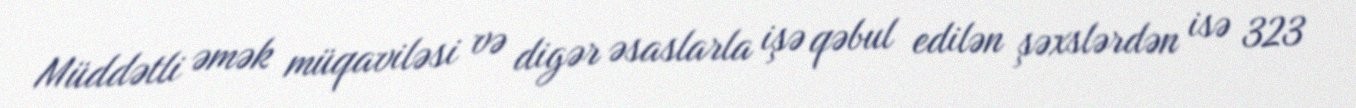
Müddətli əmək müqaviləsi və digər əsaslarla işə qəbul edilən şəxslərdən isə 323